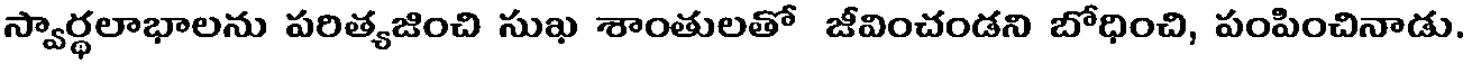
స్వార్థలాభాలను పరిత్యజించి సుఖ శాంతులతో జీవించండని బోధించి, పంపించినాడు.